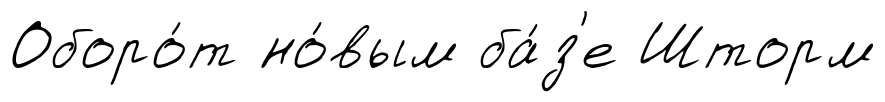
Оборо́т но́вым ба́з'е Шторм